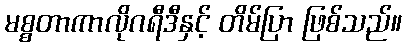
မစ္စတာကာလိုဂရီဒီနှင့် တိမ်ပြာ ဖြစ်သည်။